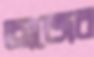
অজের